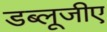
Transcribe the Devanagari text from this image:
डब्लूजीए